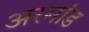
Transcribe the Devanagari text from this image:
अरमांड